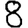
Digit: 8